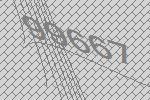
99667